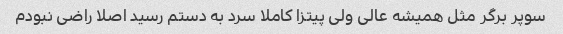
سوپر برگر مثل همیشه عالی ولی پیتزا کاملا سرد به دستم رسید اصلا راضی نبودم